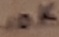
Text: 10K